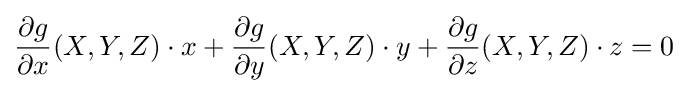
{\frac {\partial g}{\partial x}}(X,Y,Z)\cdot x+{\frac {\partial g}{\partial y}}(X,Y,Z)\cdot y+{\frac {\partial g}{\partial z}}(X,Y,Z)\cdot z=0